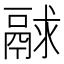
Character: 𩰻